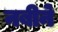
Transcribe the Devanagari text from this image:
नबीने